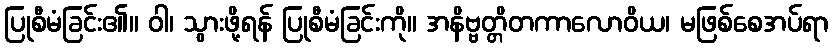
ပြုစီမံခြင်း၏။ ဝါ၊ သွားဖို့ရန် ပြုစီမံခြင်းကို။ အနိဗ္ဗတ္တိတကာလောဝိယ၊ မဖြစ်စေအပ်ရာ